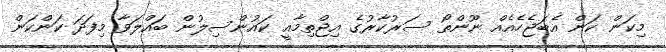
މިކަން ކަން އެބަޖެހެއެއް ނޫންތޯ ސަރުކާރުގެ އިޖްތިމާއީ ކައުންސިލުން ބައްލަވާ މިފަދަ ކަންކަން